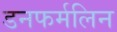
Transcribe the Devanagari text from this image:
डनफर्मलिन